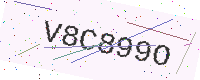
Text: V8C899O